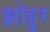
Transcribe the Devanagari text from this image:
झोहुर